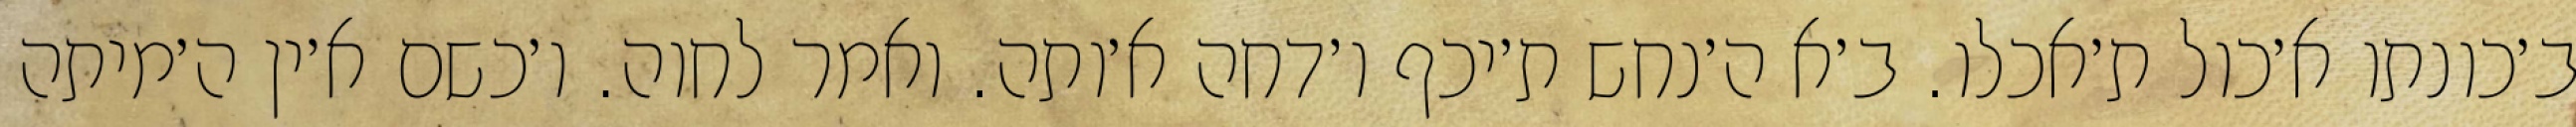
ב׳כונתו א׳כול ת׳אכלו. ב׳א ה׳נחש ת׳יכף ו׳דחה א׳ותה. ואמר לחוה. ו׳כשם א׳ין ה׳מיתה